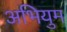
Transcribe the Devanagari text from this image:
अभियुम